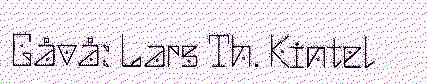
Gåvå: Lars Th. Kintel